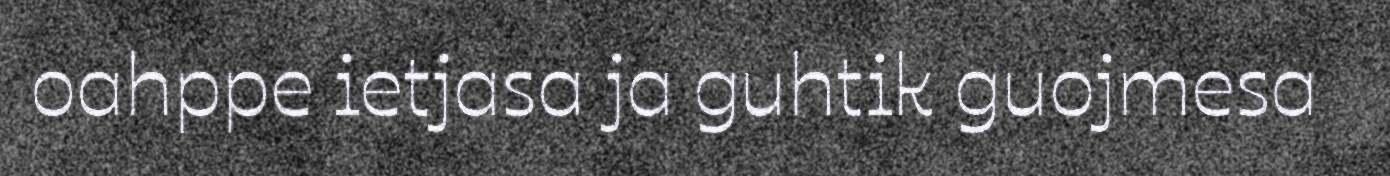
oahppe ietjasa ja guhtik guojmesa